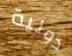
دولية